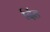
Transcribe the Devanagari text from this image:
दिंड